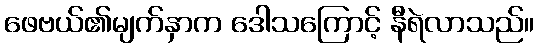
ဖေဗယ်၏မျက်နှာက ဒေါသကြောင့် နီရဲလာသည်။